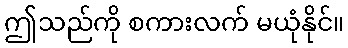
ဤသည်ကို စကားလက် မယုံနိုင်။